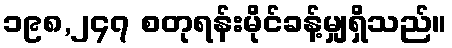
၁၉၈,၂၄၇ စတုရန်းမိုင်ခန့်မျှရှိသည်။